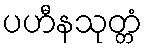
ပဟီနသုတ္တံ